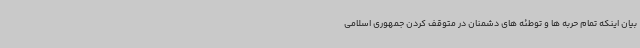
بیان اینکه تمام حربه ها و توطئه های دشمنان در متوقف کردن جمهوری اسلامی